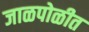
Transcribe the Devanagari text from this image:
जाळपोळीत